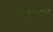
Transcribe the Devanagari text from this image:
माइडग्रेप